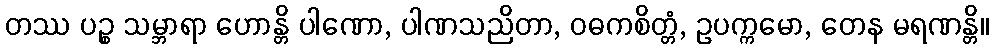
တဿ ပဉ္စ သမ္ဘာရာ ဟောန္တိ ပါဏော, ပါဏသညိတာ, ဝဓကစိတ္တံ, ဥပက္ကမော, တေန မရဏန္တိ။